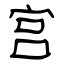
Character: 宫